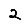
Digit: 2